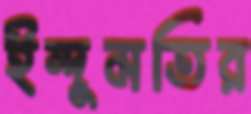
ইন্দুমতির